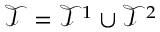
\mathcal { T } = \mathcal { T } ^ { 1 } \cup \mathcal { T } ^ { 2 }